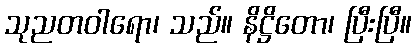
သုညတဝါရော၊ သည်။ နိဋ္ဌိတော၊ ပြီးပြီ။